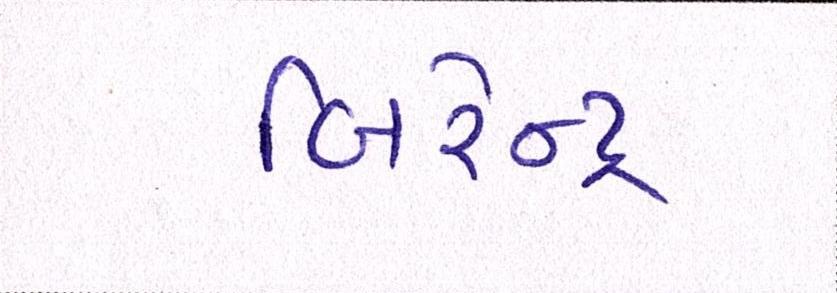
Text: બિરેન્દ્ર